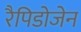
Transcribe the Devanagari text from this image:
रैपिडोजेन